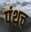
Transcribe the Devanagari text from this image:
पंथच